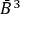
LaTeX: { \bar { B } } ^ { 3 }